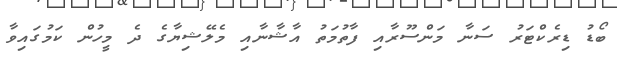
ބޯޑު ޑިރެކްޓަރު ސަނާ މަންސޫރާއި ފާތުމަތު އާޝާނާއި މެލޭޝިޔާގެ ދެ މީހުން ކަމުގައިވާ